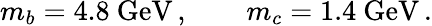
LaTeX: m_{b}=4.8~\mathrm{GeV}\, ,\qquad m_{c}=1.4~\mathrm{GeV}\, .